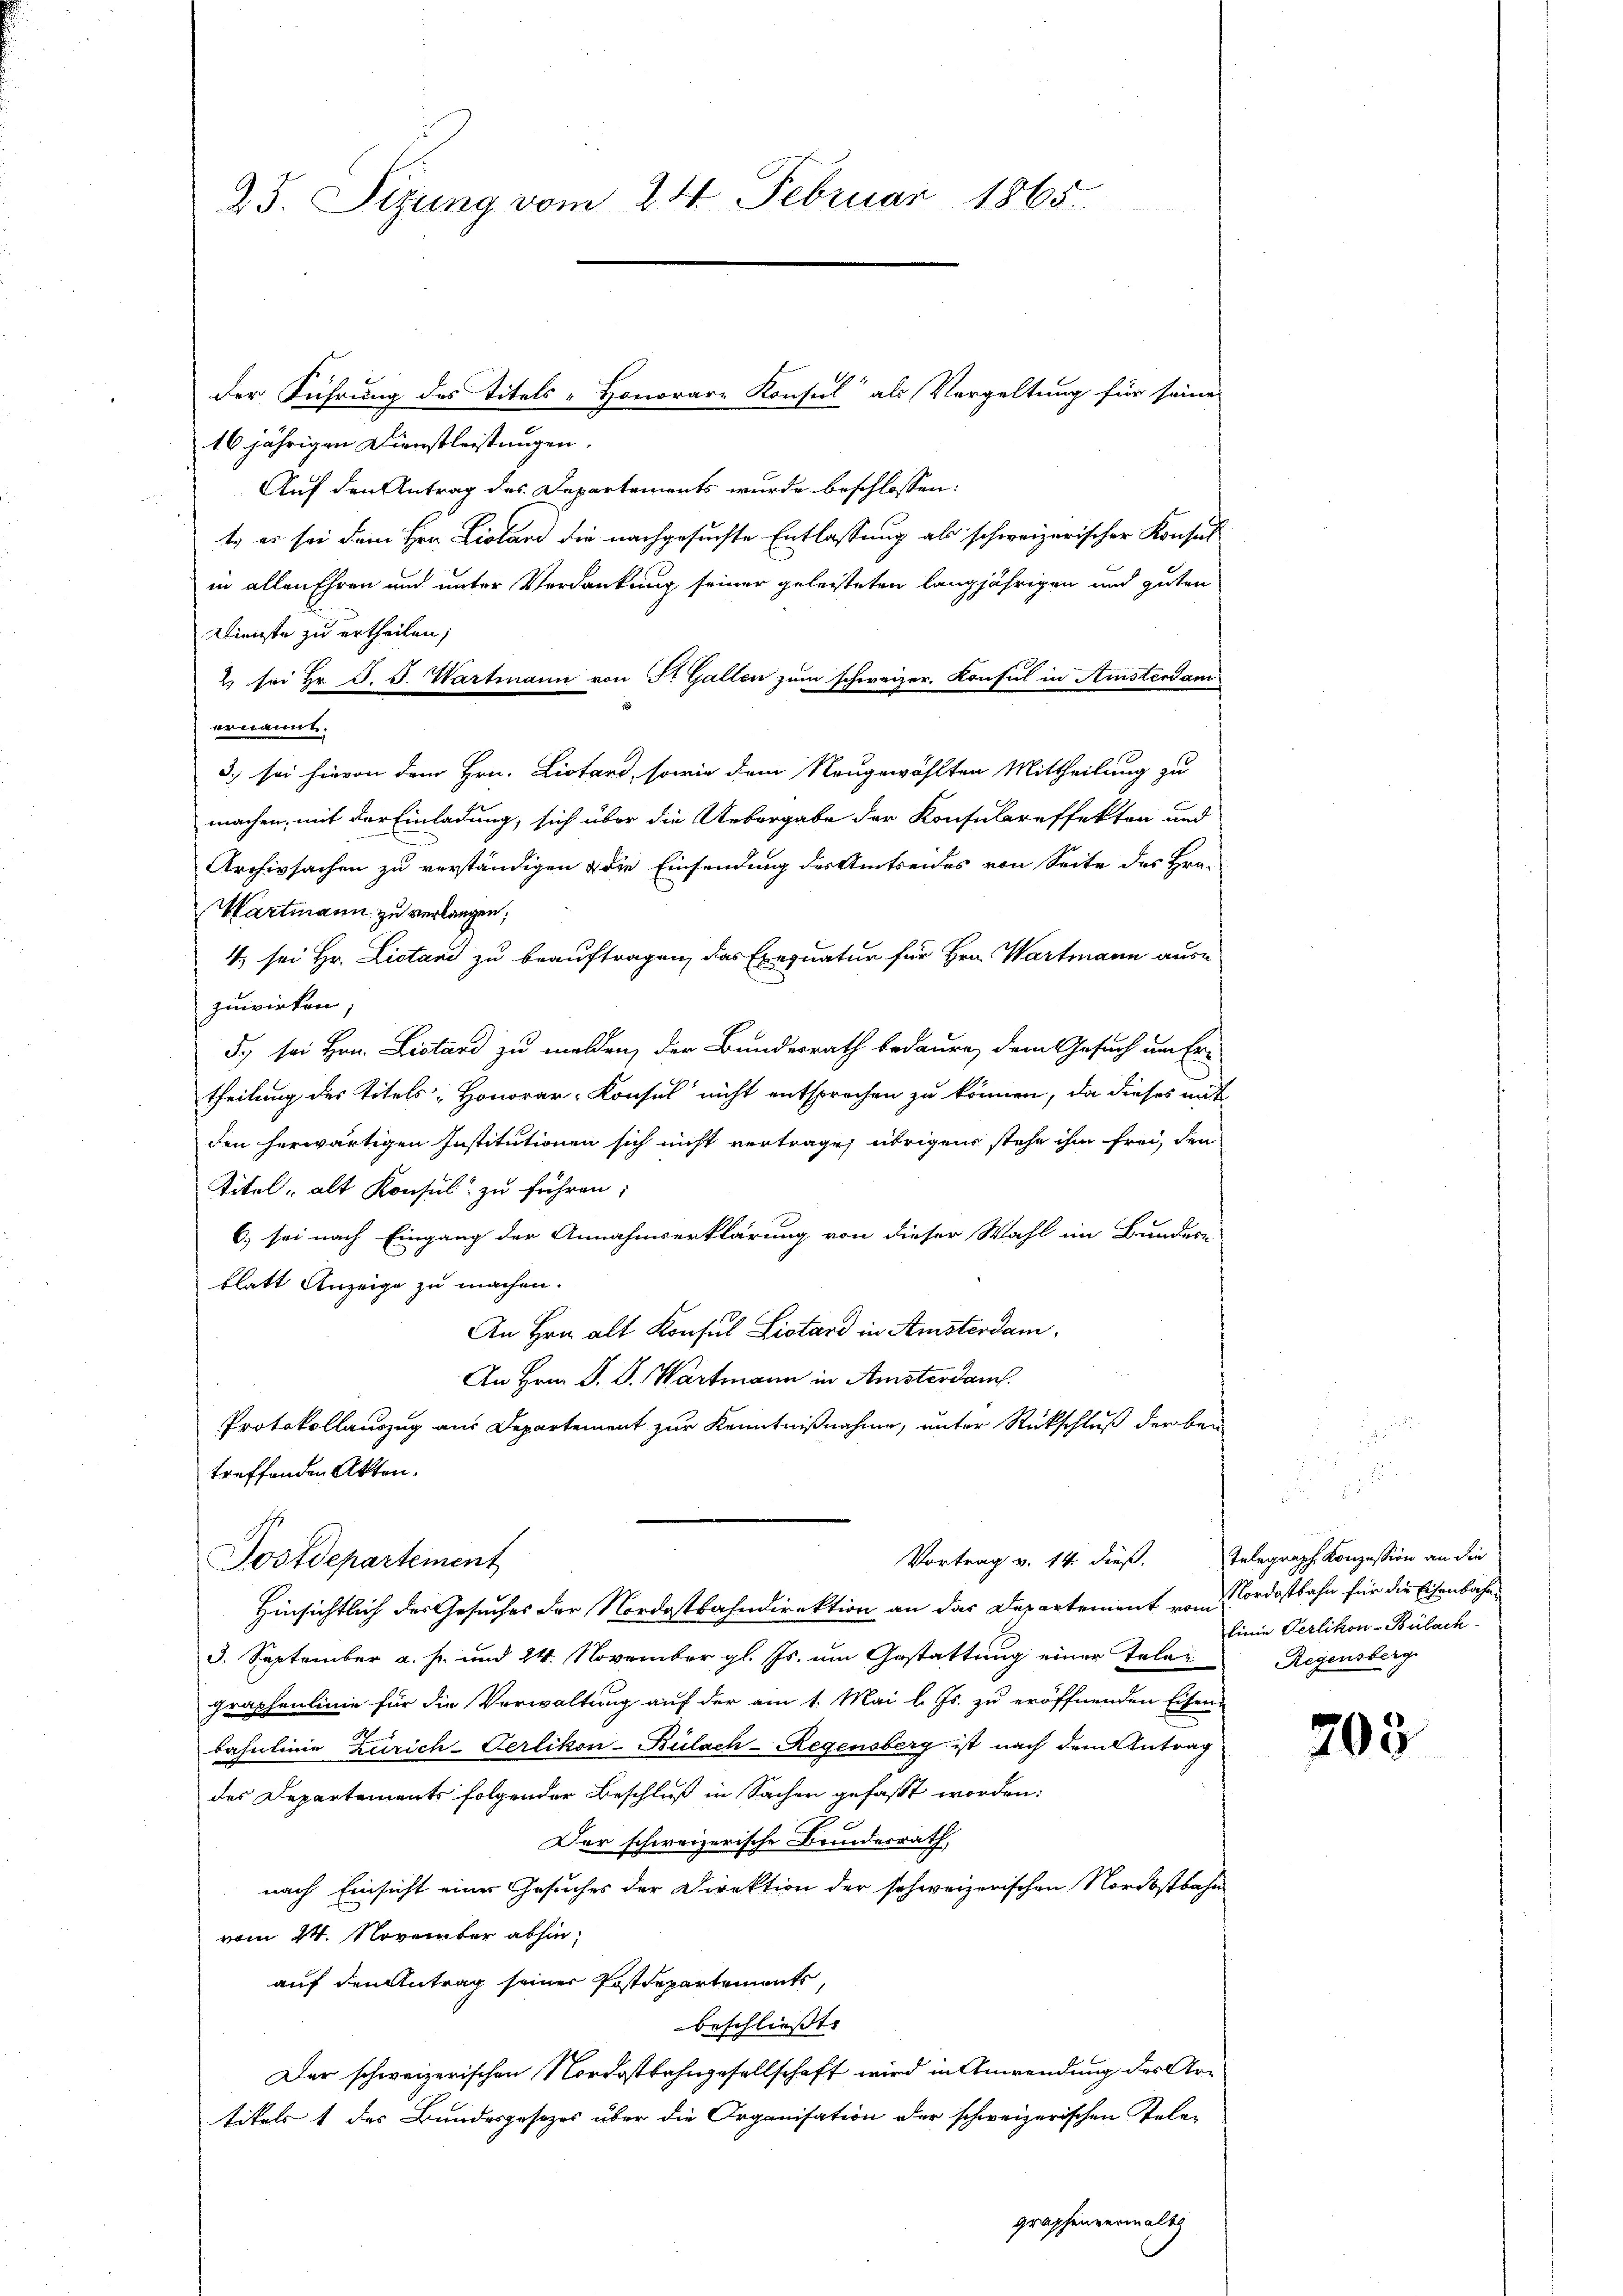
25. Sizung vom 24. Februar 1865

der Führung des Titels-Honorare Konsul als Vergeltung für seine
16jährigen Dienstleistungen.
Auf den Antrag des Departements wurde beschlossen:
t. es sei dem Hrn. Listand die nachgesuchte Entlassung als schweizerischer Konsul
in allen Ehren und unter Verdankung seiner geleisteten langjährigen und guten
Dienste zu ertheilen;
2 sei Hr. J. J. Wartmann von St. Gallen zum schweizer. Konsul in Amsterdam
ernannt.
d) sei hievon dem Hrn. Listand, sowie dem Neugewählten Mittheilung zu
machen, mit der Einladung, sich über die Uebergabe der Konsulareffekten und
Archivsachen zu verständigen & die Einsendung des Amtseides von Seite des Hra-
Wartmann zu verlangen;
4. sei Hr. Listand zu beauftragen, das Exequatur für Hrn. Wartmann aus-
zuwirken;
5.) sei Hrn. Listand zu melden, der Bundesrath bedaure, dem Gesuch um Er-
theilung des Titels- Honorar-Konsul nicht entsprochen zu können, da dieses mit
den herwärtigen Institutionen sich nicht vertrage, übrigen stehe ihm frei, den
Titel, alt Konsul zu führen;
6.) sei nach Eingang der Annahmserklärung von dieser Wahl im Bundere
blatt Anzeige zu machen.
An Hrn. alt Konsul Listard in Amsterdam
An Hrn. P. D. Wartmann in Amsterdam.
Protokollauszug aus Departement zur Kenntnißnahme, unter Rückschluß der bei
treffenden Akten.
Vortrag v. 14 dieß. Telegraph Konzession an die
Postdepartement
Hinsichtlich des Gesuches der Nordostbahndirektion an das Departement vom
3. September a. h. und 24. November gl. Js. um Gestattung einer Telegraphenlinie für die Verwaltung auf der am 1. Mai l. Js. zu eröffnenden Eisen.
bahnlinie Zürich-Perlikon-Bülach-Regensberg ist nach dem Antrag
des Departements folgender Beschluß in Sachen gefaßt worden:
Der schweizerische Bundesrath
nach Einsicht einer Gesuches der Direktion der schweizerischen Nordostbahn
vom 24. November abhin,
auf den Antrag seiner Postdepartements,
beschließt:
Der schweizerischen Nordostbahngesellschaft wird in Anwendung des Artikels 1 des Bundesgesezes über die Organisation der schweizerischen Tele-
graphenverwalts

Nordostbahn für die Eisenbahn¬
Linie Perlikon-Bülach
Regensberg

203